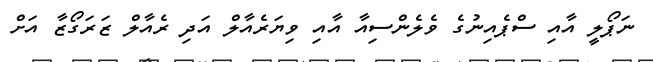
ނަޕޯލީ އާއި ސްޕެއިނުގެ ވެލެންސިއާ އާއި ވިޔަރެއާލް އަދި ރެއާލް ޒަރަގޯޒާ އަށް